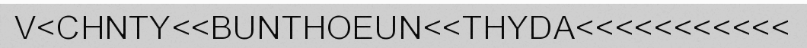
V<CHNTY<<BUNTHOEUN<<THYDA<<<<<<<<<<<